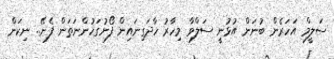
ސަލީމް އަހަރެން ބުނަން އުޅުނީ ސަލްވާ މިހާރު ހާދަގިނައިން ފޯނުގަހުންނަތަން ފެނޭ.. ނިކަން